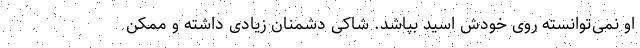
او نمی‌توانسته روی خودش اسید بپاشد. شاکی دشمنان زیادی داشته و ممکن